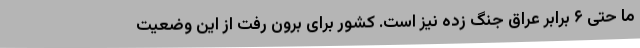
ما حتی ۶ برابر عراق جنگ زده نیز است. کشور برای برون رفت از این وضعیت